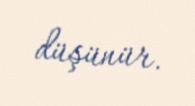
düşünür.